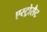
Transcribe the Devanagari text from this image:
एस्ट्रोसैट